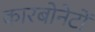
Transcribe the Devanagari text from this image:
कारबोनेटों